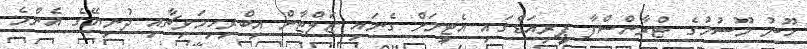
ހޫނު މޫސުމުގެ ޓްރާންސްފާ ޕީރިއަޑްގައި އެޓީމަށް ގެނައި ޒަލްޓާން އިބްރިހިމަވިޗާއި ދުނިޔޭގެ އެންމެ